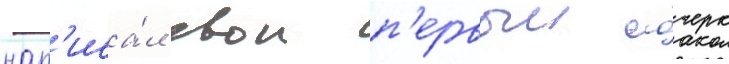
нап'иса́л свои п'ервыи о́черк